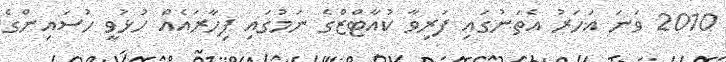
2010 ވަނަ އަހަރު އެތަނުގައި ފަރިވާ ކުއާޓްޒްގެ ނަމުގައި ފިހާރައެއް ހުޅުވީ ހުސައިންގެ